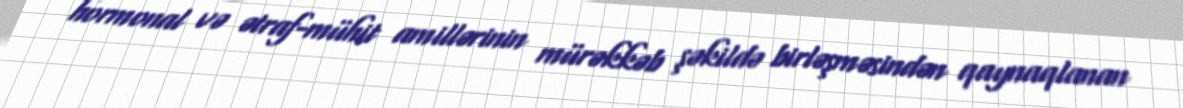
hormonal və ətraf-mühit amillərinin mürəkkəb şəkildə birləşməsindən qaynaqlanan